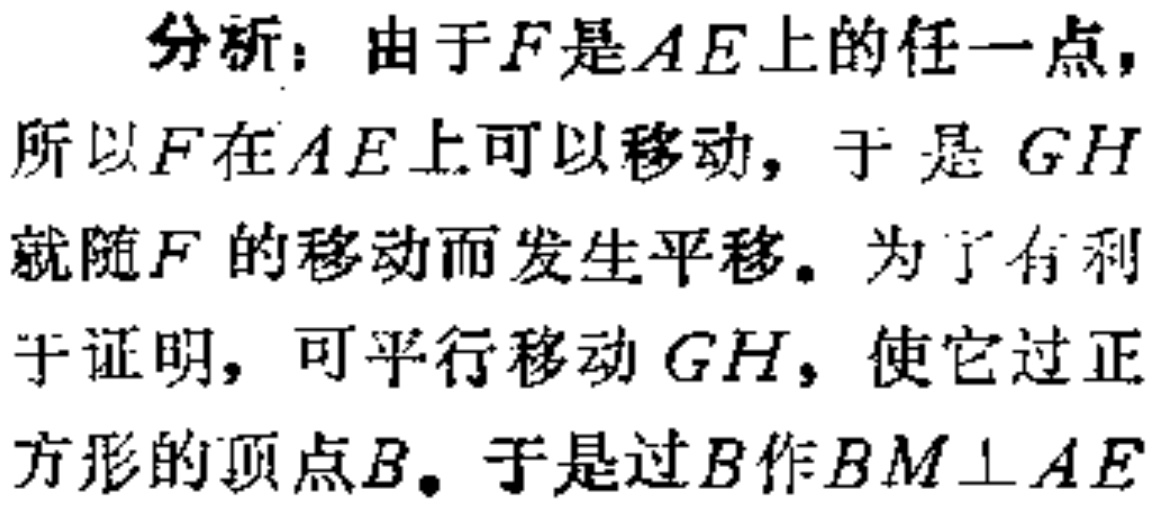
分析：由于\(F\)是\(AE\)上的任一点，所以\(F\)在\(AE\)上可以移动，于是 \(GH\)就随\(F\)的移动而发生平移。为了有利于证明，可平行移动\(GH\)，使它过正方形的顶点\(B\)。于是过\(B\)作\(BM\perp AE\)